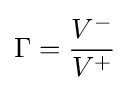
\Gamma ={\frac {V^{-}}{V^{+}}}